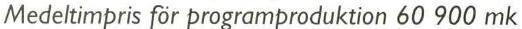
Medeltimpris för programproduktion 60 900 mk